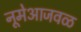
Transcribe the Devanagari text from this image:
नूमेआजवळ